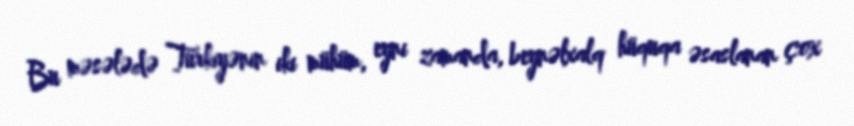
Bu məsələdə Türkiyənin iki mühüm, eyni zamanda, beynəlxalq hüquqa əsaslanan çox